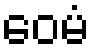
ဝေမံ